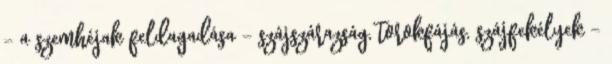
- a szemhéjak feldagadása - szájszárazság, torokfájás, szájfekélyek -